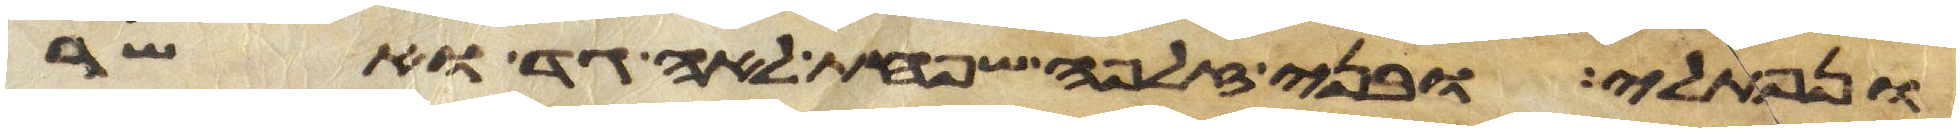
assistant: ונפתלי ובני זלפה שפחת לאה גד ואשר